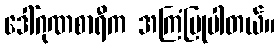
ဒေါ်ဂုဏစာရီက အကြံပြုပါတယ်။